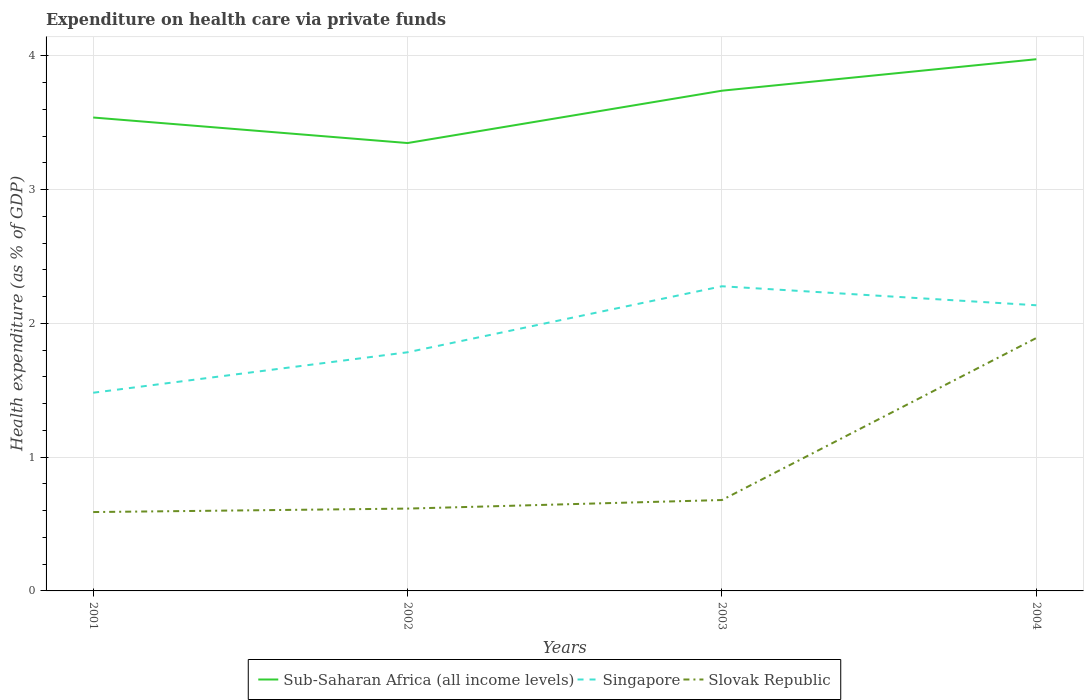
| Years | Sub-Saharan Africa (all income levels) | Singapore | Slovak Republic |
 | --- | --- | --- | --- |
 | 2001 | 3.54 | 1.48 | 0.59 |
 | 2002 | 3.35 | 1.78 | 0.616 |
 | 2003 | 3.74 | 2.28 | 0.68 |
 | 2004 | 3.98 | 2.14 | 1.89 |